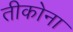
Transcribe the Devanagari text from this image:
तीकोना